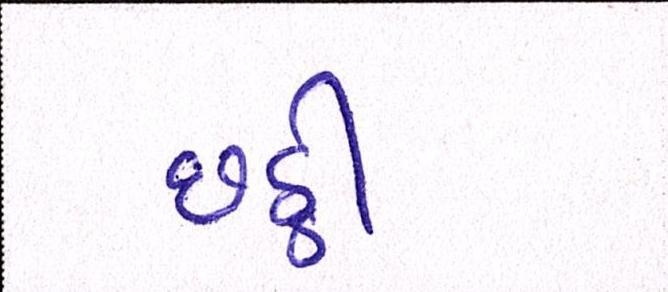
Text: છઠ્ઠી